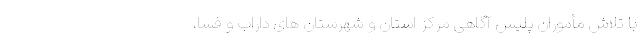
با تلاش مأموران پلیس آگاهی مرکز استان و شهرستان های داراب و فسا،